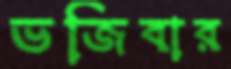
ভজিবার